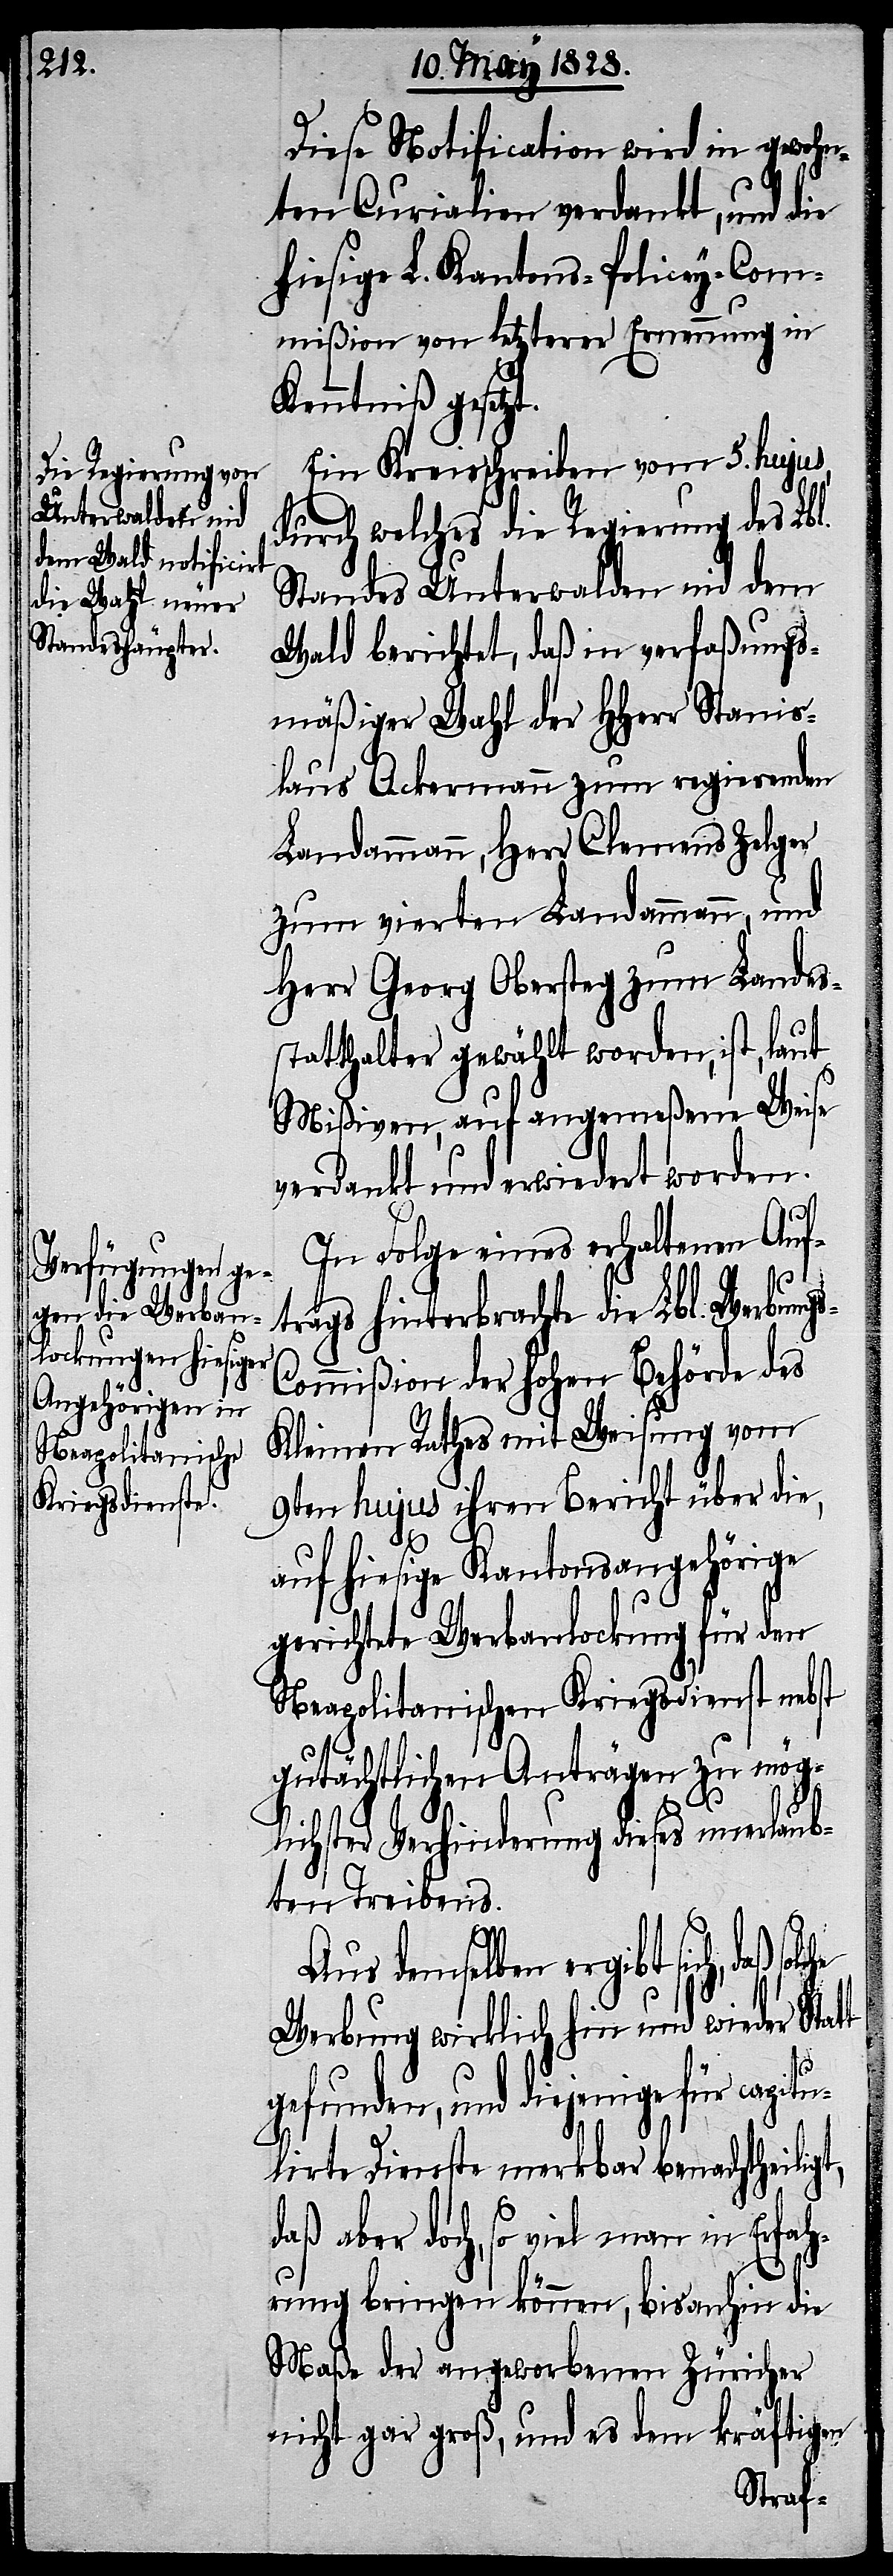
Diese Notification wird in gewohn¬
ten Curialien verdankt, und die
hiesige L. Kantons-Policey-Com¬
mißion von letzterer Ernennung in
Kenntniß gesetz¬
Ein Kreisschreiben vom 5. hujus,
durch welches die Regierung des Lbl.
Standes Unterwalden nid dem
Wald berichtet, daß in verfaßungs¬
mäßiger Wahl der HHerr Stanis¬
laus Ackermann zum regierenden
Landammann, Herr Clemens Zelger
zum vierten Landammann, und
Herr Georg Obersteg zum Landes¬
statthalter gewählt worden, ist, laut
Mißiven, auf angemeßene Weise
verdankt und erwiedert worden.
In Folge eines erhaltenen Auf¬
s-C¬
trags hinterbrachte die Lbl. Werbung¬
ommißion der hohen Behörde des
Kleinen Rathes mit Weisung vom
9ten hujus ihren Bericht über die,
auf hiesige Kantonsangehörige
gerichtete Werbanlockung für den
Neapolitanischen Kriegsdienst nebst
gutächtlichen Anträgen zu mögl¬
ichster Verhinderung dieses unerlau¬
bten Treibens.
Aus demselben ergibt sich, daß
Werbung wirklich hin und wieder Sta¬
t,
gefunden, und diejenige für capitu¬
lirte Dienste merkbar benachtheilig¬
daß aber doch, so viel man in Erfah¬
rung bringen können, bis anhin die
Maße der angeworbenen Züricher
nicht gar groß, und es dem kräftigen